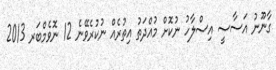
ގާނޫނު އަސާސީ އިސްލާހު ނުކޮށް މުއްދަތު އިތުރެއް ނުކުރެވޭނެ 12 ނޮވެމްބަރ 2013